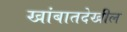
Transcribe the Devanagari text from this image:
खांबातदेखील